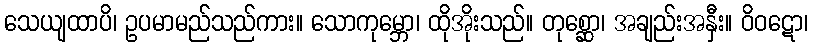
သေယျထာပိ၊ ဥပမာမည်သည်ကား။ သောကုမ္ဘော၊ ထိုအိုးသည်။ တုစ္ဆော၊ အချည်းအနှီး။ ဝိဝဋော၊